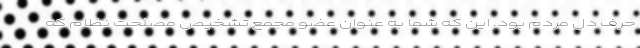
حرف دل مردم بود. این که شما به عنوان عضو مجمع تشخیص مصلحت نظام که